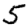
Digit: 5